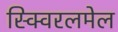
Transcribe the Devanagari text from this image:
स्क्विरलमेल